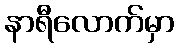
နာရီလောက်မှာ